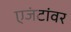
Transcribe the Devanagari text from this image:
एजंटांवर